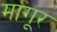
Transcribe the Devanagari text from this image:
मांगूर